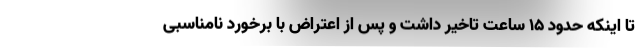
تا اینکه حدود ۱۵ ساعت تاخیر داشت و پس از اعتراض با برخورد نامناسبی